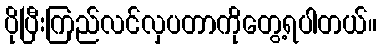
ပိုပြီးကြည်လင်လှပတာကိုတွေ့ရပါတယ်။